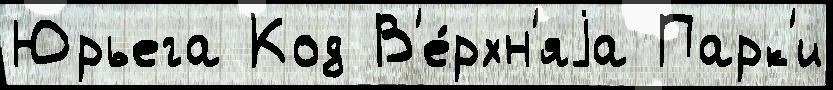
Юрьега Код В'е́рхн'яjа Парк'и